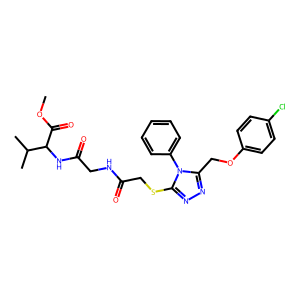
SMILES: COC(=O)C(NC(=O)CNC(=O)CSc1nnc(COc2ccc(Cl)cc2)n1-c1ccccc1)C(C)C
Inhibits HIV replication: No